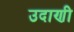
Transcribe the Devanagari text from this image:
उदाणी